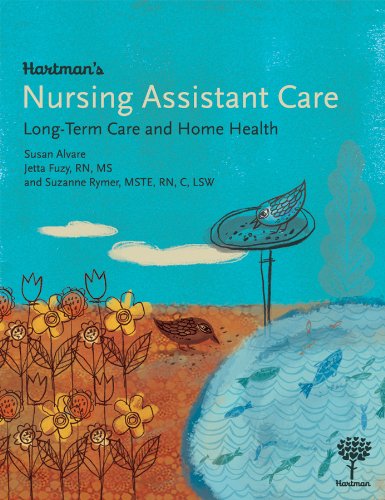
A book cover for Hartman's Nursing Assistant Care: Long-Term Care and Home Health; Jetta Fuzy; Medical Books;